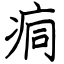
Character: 痌